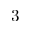
3